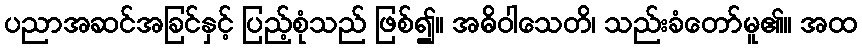
ပညာအဆင်အခြင်နှင့် ပြည့်စုံသည် ဖြစ်၍။ အဓိဝါသေတိ၊ သည်းခံတော်မူ၏။ အထ